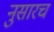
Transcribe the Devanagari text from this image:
नुसारच